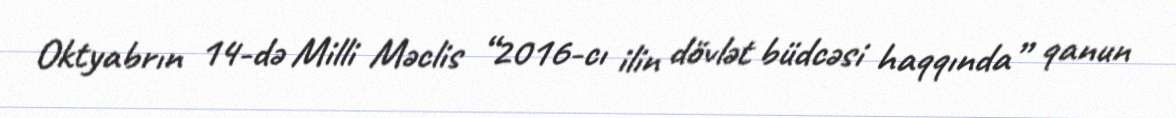
Oktyabrın 14-də Milli Məclis “2016-cı ilin dövlət büdcəsi haqqında” qanun